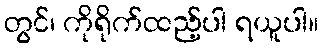
တွင်၊ ကိုရိုက်ထည့်ပါ ရယူပါ။